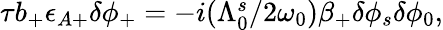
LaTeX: \begin{array}{r}{\tau b_{+}\epsilon_{A+}\delta\phi_{+}=-i(\Lambda_{0}^{s}/2\omega_{0})\beta_{+}\delta\phi_{s}\delta\phi_{0},}\end{array}